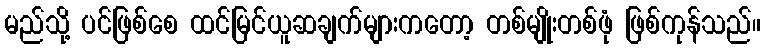
မည်သို့ ပင်ဖြစ်စေ ထင်မြင်ယူဆချက်များကတော့ တစ်မျိုးတစ်ဖုံ ဖြစ်ကုန်သည်။